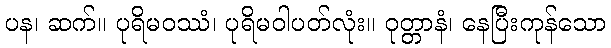
ပန၊ ဆက်။ ပုရိမဝဿံ၊ ပုရိမဝါပတ်လုံး။ ဝုတ္တာနံ၊ နေပြီးကုန်သော